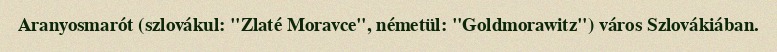
Aranyosmarót (szlovákul: "Zlaté Moravce", németül: "Goldmorawitz") város Szlovákiában.